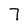
Character: 7